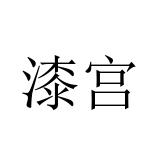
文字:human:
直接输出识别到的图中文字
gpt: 漆宫